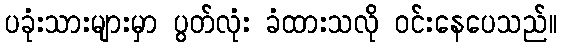
ပခုံးသားများမှာ ပွတ်လုံး ခံထားသလို ဝင်းနေပေသည်။